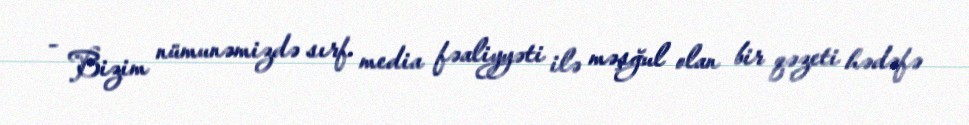
- Bizim nümunəmizdə sırf media fəaliyyəti ilə məşğul olan bir qəzeti hədəfə